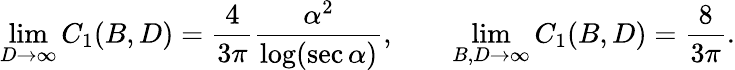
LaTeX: \operatorname*{lim}_{D\to\infty}C_{1}(B,D)=\frac{4}{3\pi}\frac{\alpha^{2}}{\log(\sec\alpha)},\qquad\operatorname*{lim}_{B,D\to\infty}C_{1}(B,D)=\frac{8}{3\pi}.